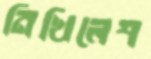
নিখিলেশ